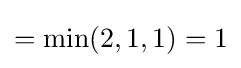
=\min(2,1,1)=1